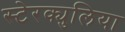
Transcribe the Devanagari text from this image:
स्टेरक्युलिया